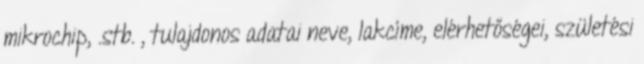
mikrochip, .stb. , tulajdonos adatai neve, lakcíme, elérhetőségei, születési